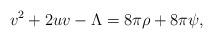
LaTeX: \begin{align*}v^{2}+2uv-\Lambda=8\pi\rho+8\pi\psi,\end{align*}